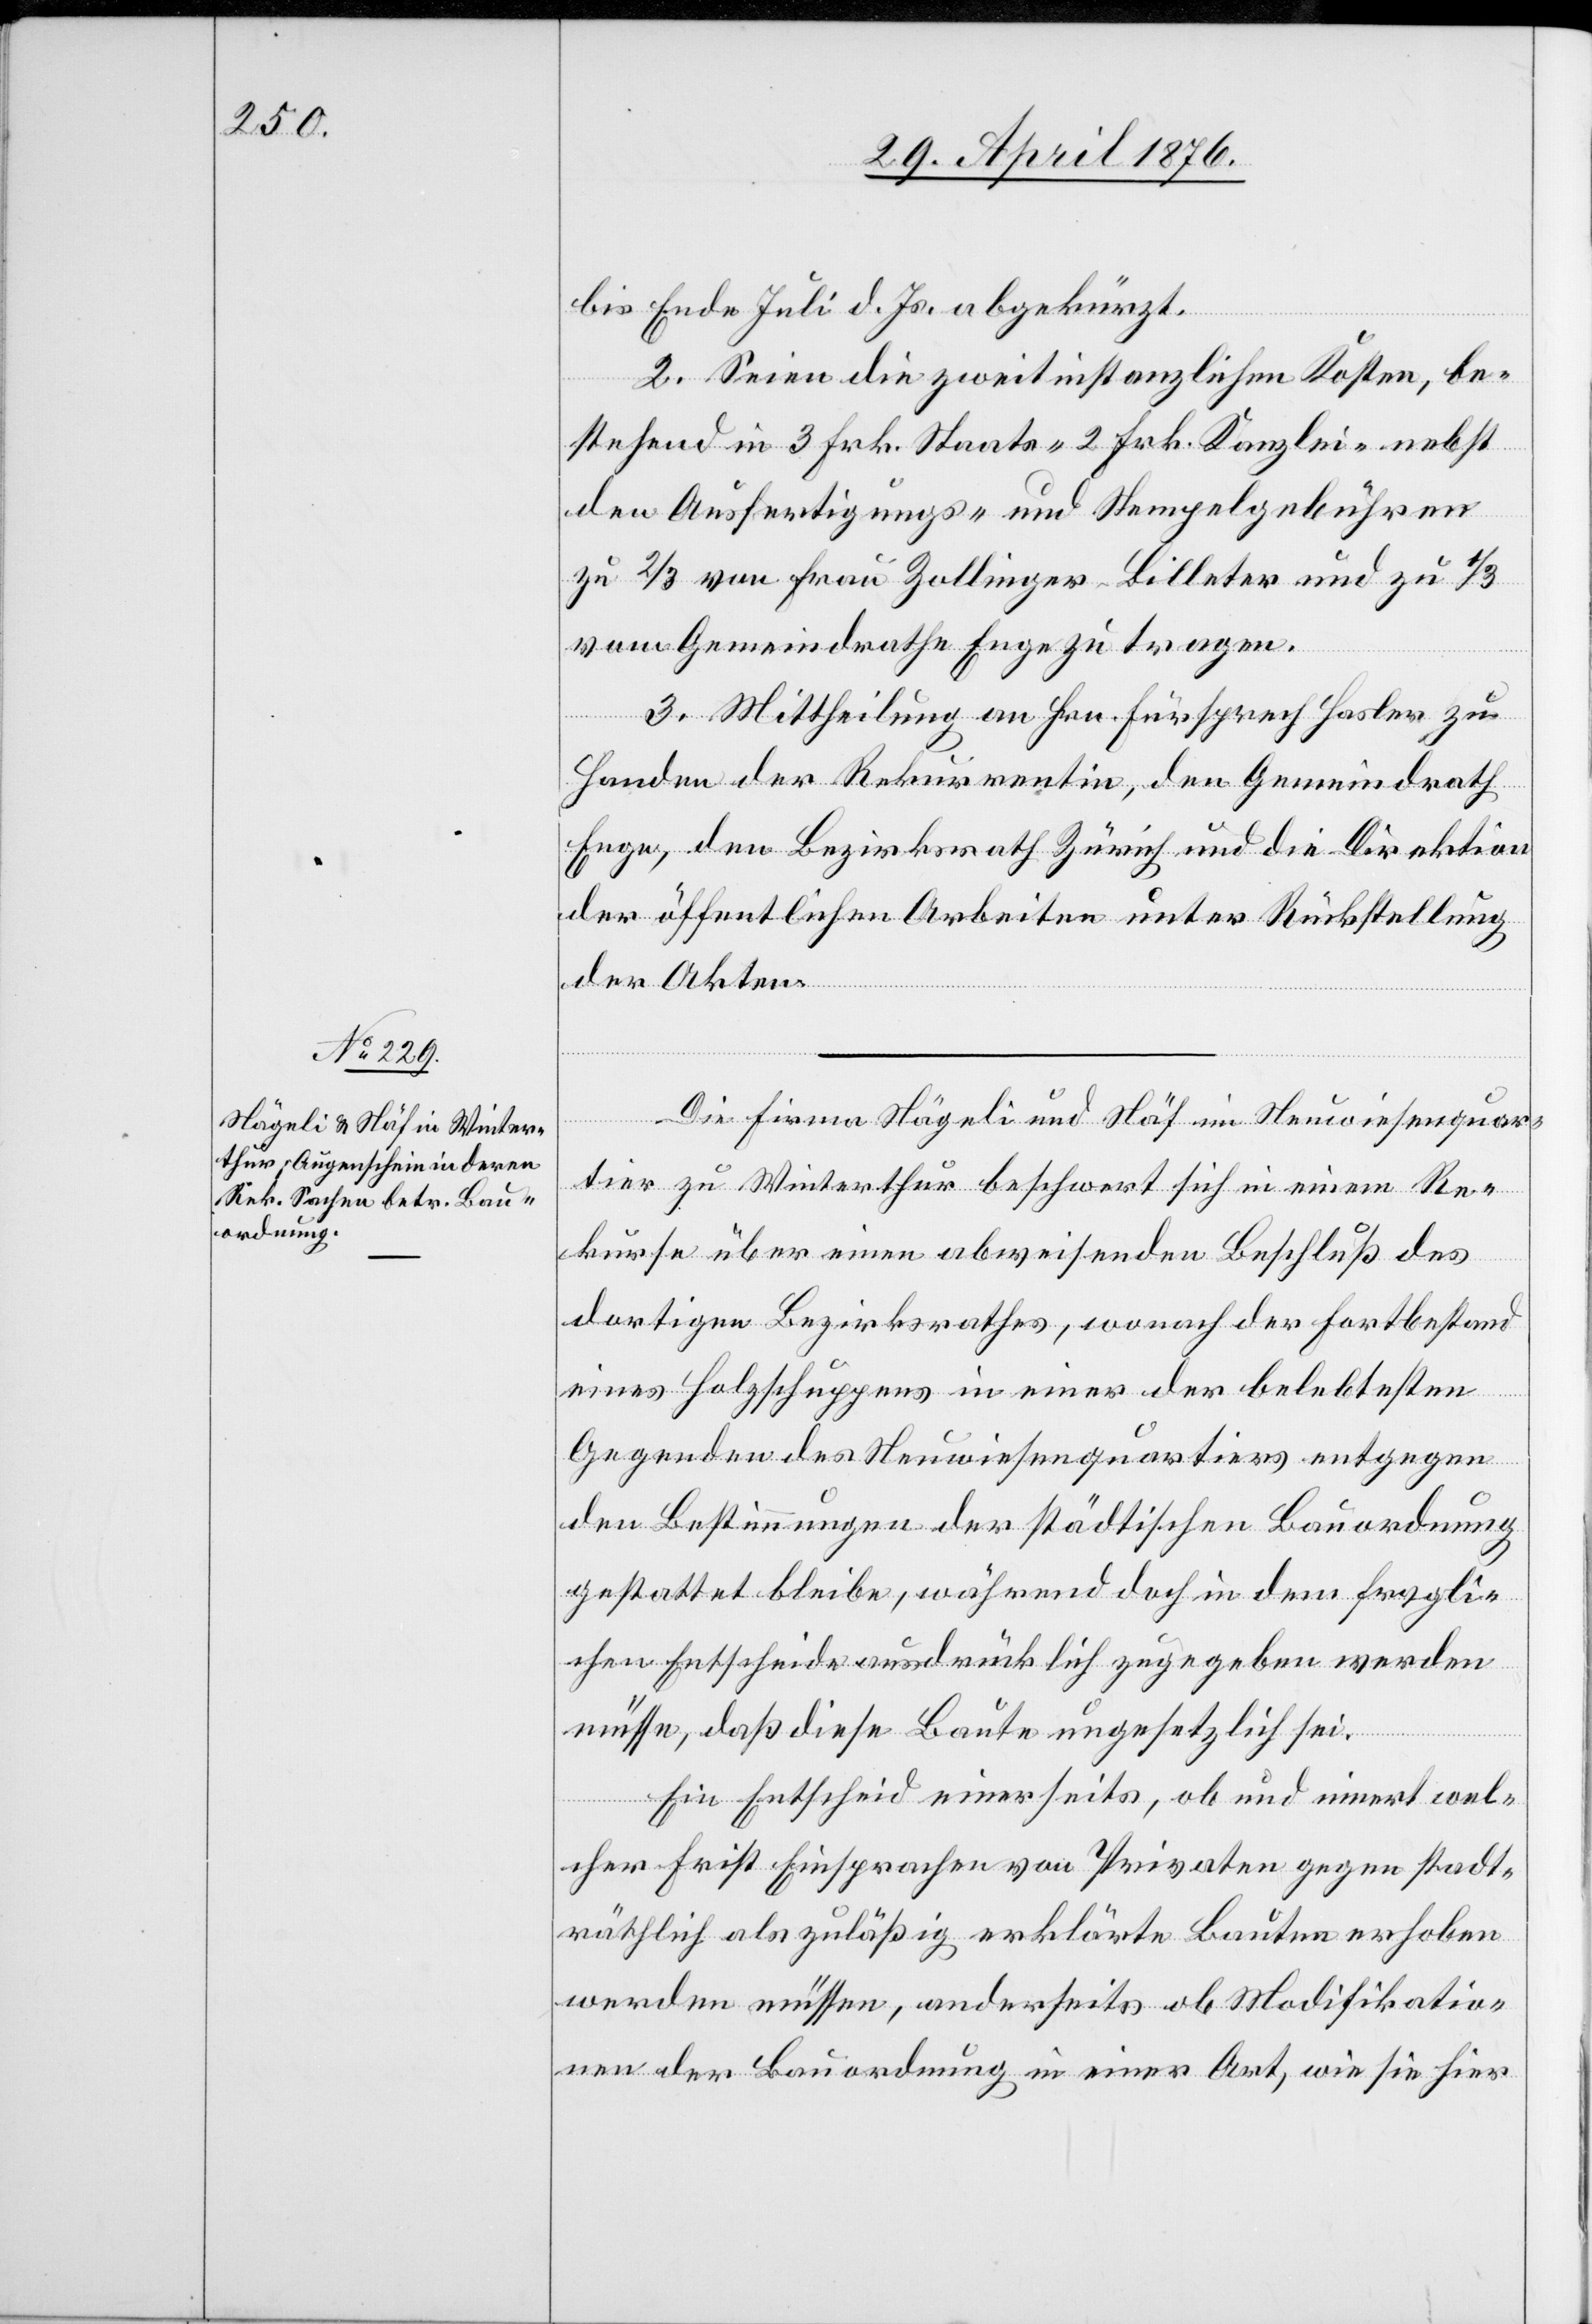
bis Ende Juli d. Js. abgekürzt.
2. Seien die zweitinstanzlichen Kosten, be¬
stehend in 3 Frk. Staats- 2 Frk. Kanzlei- nebst
den Ausfertigungs- und Stempelgebühren
zu 2/3 von Frau Zollinger-Billeter und zu 1/3
vom Gemeindrathe Enge zu tragen.
3. Mittheilung an Hrn. Fürsprech Hasler zu
Handen der Rekurrentin, den Gemeindrath
Enge, den Bezirksrath Zürich und die Direktion
der öffentlichen Arbeiten unter Rückstellung
der Akten.
Die Firma Nägeli und Näf im Neuwiesenquar¬
tier zu Winterthur beschwert sich in einem Re¬
kurse über einen abweisenden Beschluß des
dortigen Bezirksrathes, wonach der Fortbestand
eines Holzschuppens in einer der belebtesten
Gegenden des Neuwiesenquartiers entgegen
den Bestimmungen der städtischen Bauordnung
gestattet bleibe, während doch in dem fragli¬
chen Entscheide ausdrücklich zugegeben werden
müsse, daß diese Baute ungesetzlich sei.
Ein Entscheid einerseits, ob und innert wel¬
cher Frist Einsprachen von Privaten gegen stadt¬
räthlich als zuläßig erklärte Bauten erhoben
werden müssen, anderseits ob Modifikatio¬
nen der Bauordnung in einer Art, wie sie hier